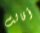
أقالت